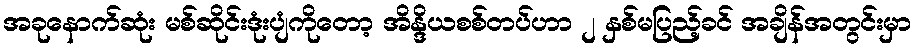
အခုနောက်ဆုံး မစ်ဆိုင်းဒုံးပျံကိုတော့ အိန္ဒိယစစ်တပ်ဟာ ၂ နှစ်မပြည့်ခင် အချိန်အတွင်းမှာ